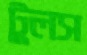
টুলস